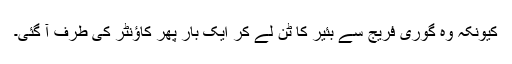
کیونکہ وہ گوری فریج سے بئیر کا ٹن لے کر ایک بار پھر کاؤنٹر کی طرف آ گئی۔